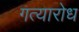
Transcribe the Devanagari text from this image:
गत्यारोध